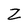
Character: Z